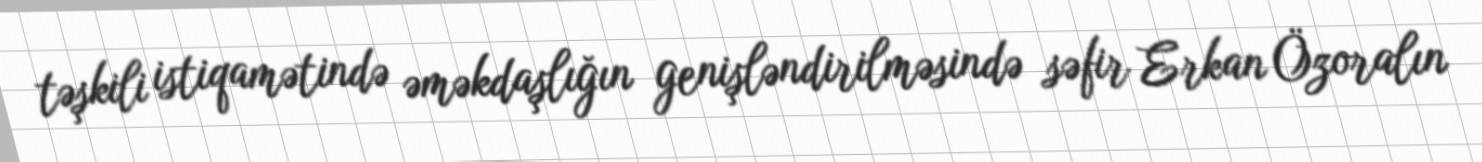
təşkili istiqamətində əməkdaşlığın genişləndirilməsində səfir Erkan Özoralın